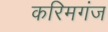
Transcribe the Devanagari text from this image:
करिमगंज